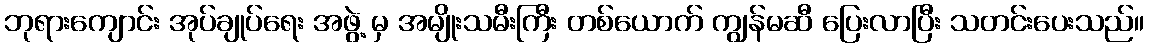
ဘုရားကျောင်း အုပ်ချုပ်ရေး အဖွဲ့ မှ အမျိုးသမီးကြီး တစ်ယောက် ကျွန်မဆီ ပြေးလာပြီး သတင်းပေးသည်။